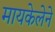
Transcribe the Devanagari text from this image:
मायकेलेने